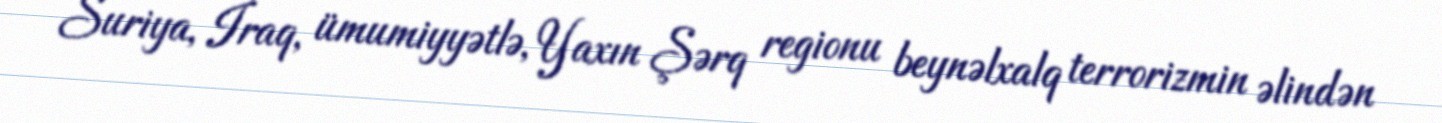
Suriya, İraq, ümumiyyətlə, Yaxın Şərq regionu beynəlxalq terrorizmin əlindən